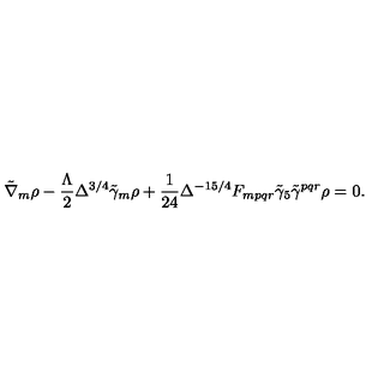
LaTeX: \tilde { \nabla } _ { m } \rho - \frac { \Lambda } { 2 } \Delta ^ { 3 / 4 } \tilde { \gamma } _ { m } \rho + \frac { 1 } { 2 4 } \Delta ^ { - 1 5 / 4 } F _ { m p q r } \tilde { \gamma } _ { 5 } \tilde { \gamma } ^ { p q r } \rho = 0 .